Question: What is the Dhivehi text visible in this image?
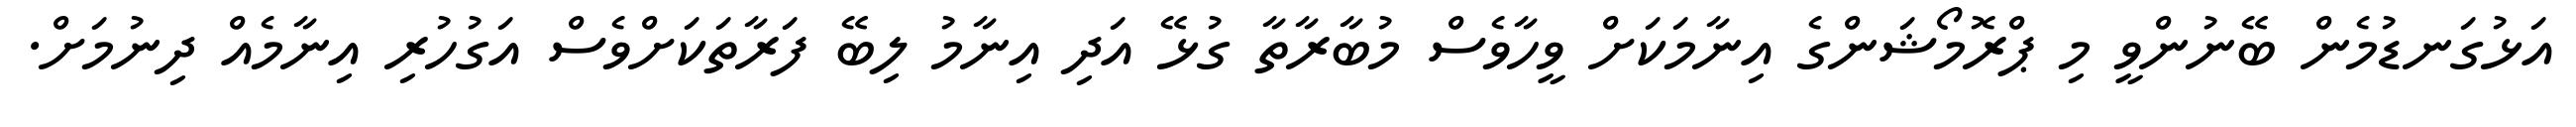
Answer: އަޅުގަނޑުމެން ބޭނުންވީ މި ޕްރޮމޯޝަންގެ އިނާމަކަށް ވީހާވެސް މުބާރާތާ ގުޅޭ އަދި އިނާމު ލިބޭ ފަރާތަކަށްވެސް އަގުހުރި އިނާމެއް ދިނުމަށް.